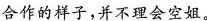
合作的样子，并不理会空姐。